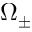
\Omega _ { \pm }